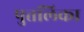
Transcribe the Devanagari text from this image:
पुत्तलिका